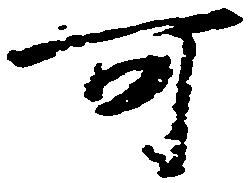
可